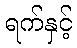
ရက်နှင့်